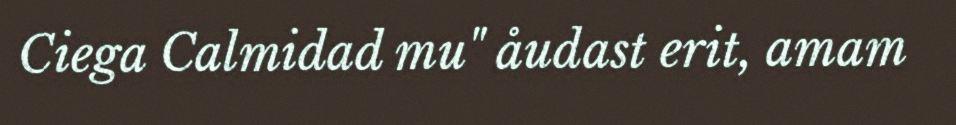
Ciega Calmidad mu" åudast erit, amam